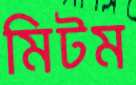
মিটম